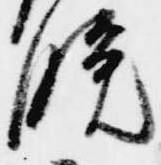
晩